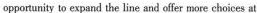
opportunity to expand the line and offcr more choices at